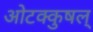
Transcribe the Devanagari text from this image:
ओटक्कुषल्